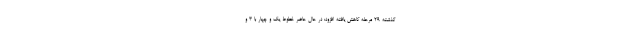
گذشته ۲۹ مرحله کاهش یافته افزود: در حال حاضر خطوط یک و چهار با ۳ و